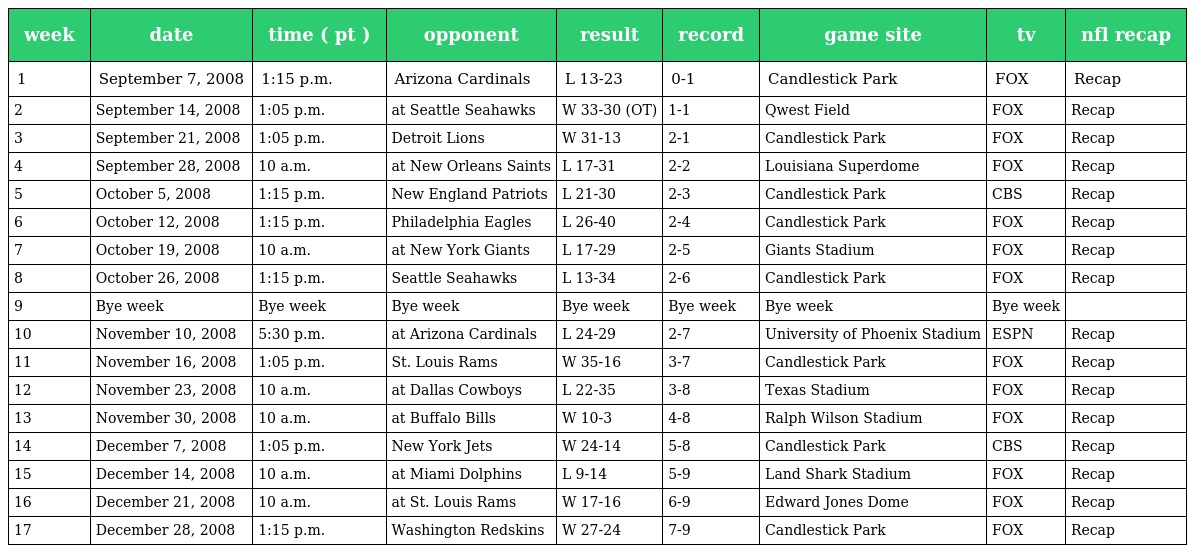
| week | date | time ( pt ) | opponent | result | record | game site | tv | nfl recap |
 | --- | --- | --- | --- | --- | --- | --- | --- | --- |
 | 1 | September 7, 2008 | 1:15 p.m. | Arizona Cardinals | L 13-23 | 0-1 | Candlestick Park | FOX | Recap |
 | 2 | September 14, 2008 | 1:05 p.m. | at Seattle Seahawks | W 33-30 (OT) | 1-1 | Qwest Field | FOX | Recap |
 | 3 | September 21, 2008 | 1:05 p.m. | Detroit Lions | W 31-13 | 2-1 | Candlestick Park | FOX | Recap |
 | 4 | September 28, 2008 | 10 a.m. | at New Orleans Saints | L 17-31 | 2-2 | Louisiana Superdome | FOX | Recap |
 | 5 | October 5, 2008 | 1:15 p.m. | New England Patriots | L 21-30 | 2-3 | Candlestick Park | CBS | Recap |
 | 6 | October 12, 2008 | 1:15 p.m. | Philadelphia Eagles | L 26-40 | 2-4 | Candlestick Park | FOX | Recap |
 | 7 | October 19, 2008 | 10 a.m. | at New York Giants | L 17-29 | 2-5 | Giants Stadium | FOX | Recap |
 | 8 | October 26, 2008 | 1:15 p.m. | Seattle Seahawks | L 13-34 | 2-6 | Candlestick Park | FOX | Recap |
 | 9 | Bye week | Bye week | Bye week | Bye week | Bye week | Bye week | Bye week |  |
 | 10 | November 10, 2008 | 5:30 p.m. | at Arizona Cardinals | L 24-29 | 2-7 | University of Phoenix Stadium | ESPN | Recap |
 | 11 | November 16, 2008 | 1:05 p.m. | St. Louis Rams | W 35-16 | 3-7 | Candlestick Park | FOX | Recap |
 | 12 | November 23, 2008 | 10 a.m. | at Dallas Cowboys | L 22-35 | 3-8 | Texas Stadium | FOX | Recap |
 | 13 | November 30, 2008 | 10 a.m. | at Buffalo Bills | W 10-3 | 4-8 | Ralph Wilson Stadium | FOX | Recap |
 | 14 | December 7, 2008 | 1:05 p.m. | New York Jets | W 24-14 | 5-8 | Candlestick Park | CBS | Recap |
 | 15 | December 14, 2008 | 10 a.m. | at Miami Dolphins | L 9-14 | 5-9 | Land Shark Stadium | FOX | Recap |
 | 16 | December 21, 2008 | 10 a.m. | at St. Louis Rams | W 17-16 | 6-9 | Edward Jones Dome | FOX | Recap |
 | 17 | December 28, 2008 | 1:15 p.m. | Washington Redskins | W 27-24 | 7-9 | Candlestick Park | FOX | Recap |